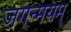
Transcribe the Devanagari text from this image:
जगन्मयम्